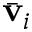
\bar { \mathbf { v } } _ { i }